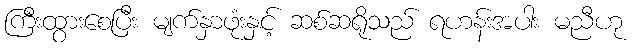
ကြီးထွားစေပြီး မျက်နှာဖုံးနှင့် ဆစ်ဆရိုသည် ရဟန်းအပါး မညီဟု